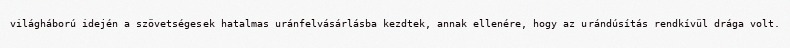
világháború idején a szövetségesek hatalmas uránfelvásárlásba kezdtek, annak ellenére, hogy az urándúsítás rendkívül drága volt.